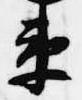
衛